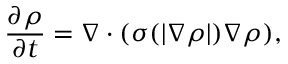
\frac { \partial \rho } { \partial t } = \nabla \cdot ( \sigma ( | \nabla \rho | ) \nabla \rho ) ,